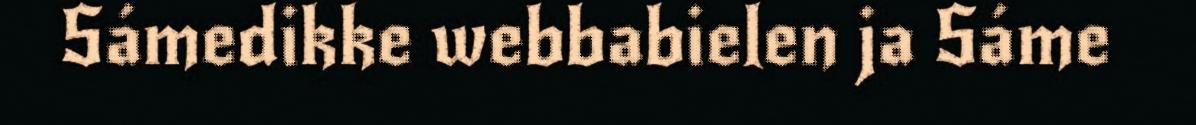
Sámedikke webbabielen ja Sáme